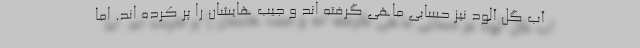
آب گل آلود نیز حسابی ماهی گرفته اند و جیب هایشان را پر کرده اند. اما